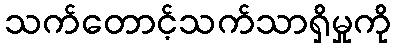
သက်တောင့်သက်သာရှိမှုကို